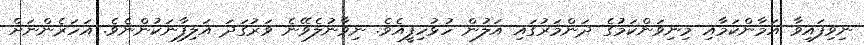
ނިވިފައިވާ އަމާންކަމާއި މިނިވަންކަމުގެ ދަންމަރުގައި އަލުން ހުޅުހިފީއެވެ. ނިވާނުލެވޭނެ ވަރުގަދަ އަލިފާނަކުންނެވެ. އަހަރެންނަށް